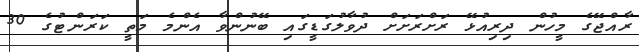
ރާއްޖޭގެ މީހުން ދިރިއުޅޭ ރަށްރަށަށް ދުވާލުގަޑީގައި ބޭނުންވާ އެންމެ މަތީ ކަރަންޓުގެ 30